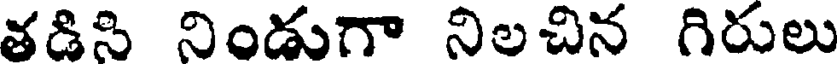
తడిసి నిండుగా నిలచిన గిరులు